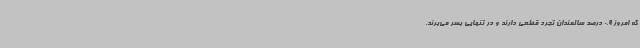
که امروز 0.9 درصد سالمندان تجرد قطعی دارند و در تنهایی بسر می‌برند.